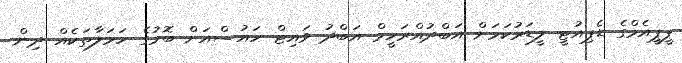
ޕީޕީއެމްގެ ޑެޕިއުޓީ ލީޑަރުކަމަށް އަބްދުއްރަހީމް އަބްދު ވައިޓް ހައުސްއަށް ބޮމުގެ ހަމަލާތަކެއް ދިން